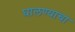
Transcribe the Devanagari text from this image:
घालण्‍याचा